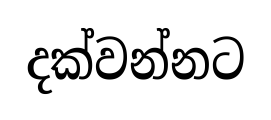
දක්වන්නට